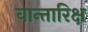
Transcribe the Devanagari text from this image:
वान्तारिक्ष